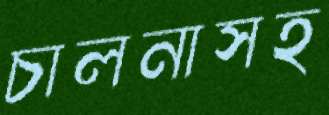
চালনাসহ